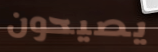
يصيحون